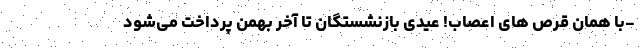
-با همان قرص های اعصاب! عیدی بازنشستگان تا آخر بهمن پرداخت می‌شود